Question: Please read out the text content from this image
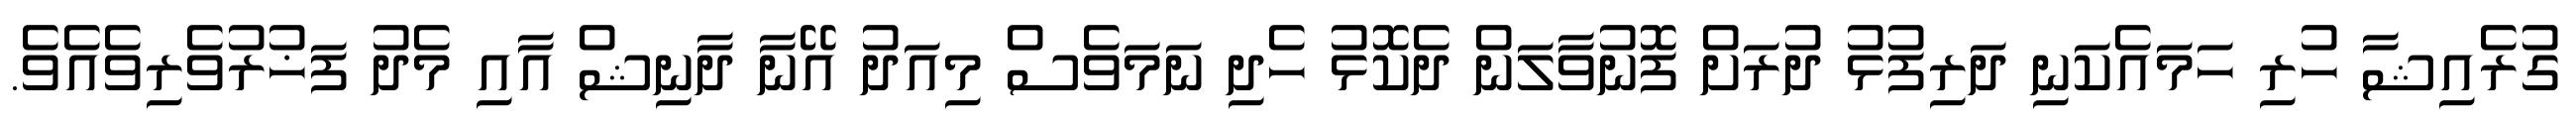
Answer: ގުރެއިޝާ ހުރި ހަމައެކަނި ދަރިފުޅު ދުރަށް ފޮނުވާލަން ދެކޮޅު ހެދި ނަމަވެސް މިއަދު އޭނާ ދާނިޝް އާއި މެދު ފަޚުރުވެރިވެއެވެ.